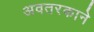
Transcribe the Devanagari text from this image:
अवतरकाने